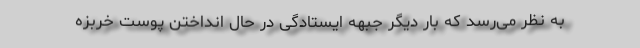
به نظر می‌رسد که بار دیگر جبهه ایستادگی در حال انداختن پوست خربزه